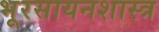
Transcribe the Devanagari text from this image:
भूरसायनशास्त्र